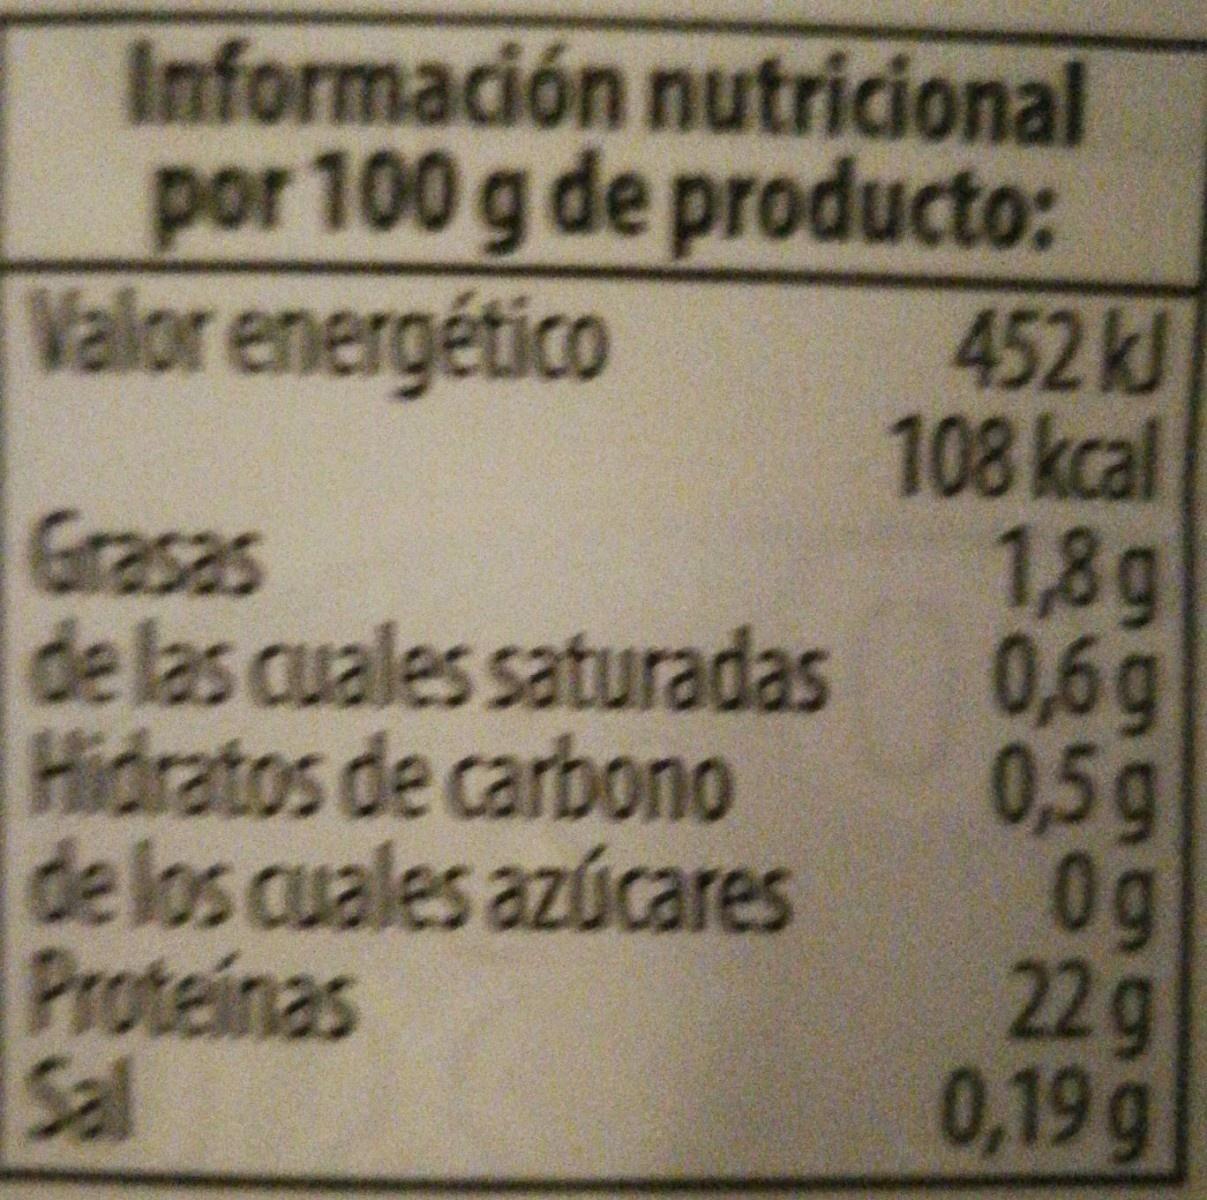
Información nutricional por 100 g de producto: 452kJ 108 kcal 1,8g 0,6g 0,5g 0g 22 g 0,19g
Valor energético
Grasas de las cuales saturadas Hidratos de carbono de los cuales azúcares Proteinas Sal